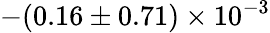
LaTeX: -(0.16\pm 0.71)\times 10^{-3}